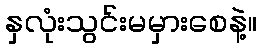
နှလုံးသွင်းမမှားစေနဲ့။